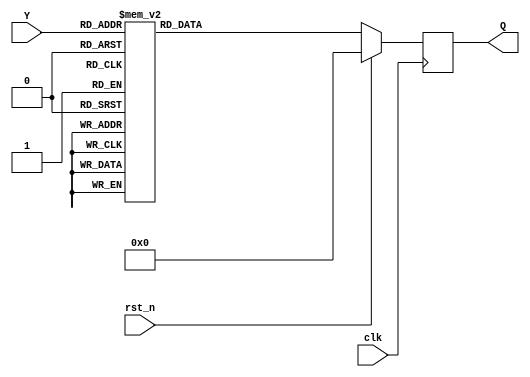
`timescale 1ns / 1ps
//////////////////////////////////////////////////////////////////////////////////
// Company: 
// Engineer: 
// 
// Design Name: 
// Module Name:                                                              
// Target Devices: 
// Tool Versions: 
// Description: 
// 
// Dependencies: 
// 
// Revision:
// Revision 0.01 - File Created
// Additional Comments:
// 
//////////////////////////////////////////////////////////////////////////////////


module decoder_4_16(
    input clk,
    input [3:0] Y,
    input rst_n,
    output reg [15:0] Q
    );
    
    
    always @(posedge clk)
        if (rst_n)
            Q <= 16'h0000;
        else
            case ({Y[3],Y[2],Y[1],Y[0]})
            4'b0000  : Q <= 16'b0000000000000001;
            4'b0001  : Q <= 16'b0000000000000010;
            4'b0010  : Q <= 16'b0000000000000100;
            4'b0011  : Q <= 16'b0000000000001000;
            4'b0100  : Q <= 16'b0000000000010000;
            4'b0101  : Q <= 16'b0000000000100000;
            4'b0110  : Q <= 16'b0000000001000000;
            4'b0111  : Q <= 16'b0000000010000000;
            4'b1000  : Q <= 16'b0000000100000000;
            4'b1001  : Q <= 16'b0000001000000000;
            4'b1010  : Q <= 16'b0000010000000000;
            4'b1011  : Q <= 16'b0000100000000000;
            4'b1100  : Q <= 16'b0001000000000000;
            4'b1101  : Q <= 16'b0010000000000000;
            4'b1110  : Q <= 16'b0100000000000000;
            4'b1111  : Q <= 16'b1000000000000000;
            default : Q <= 16'b0000000000000000;
        endcase
endmodule